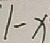
1 - x